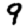
Digit: 9